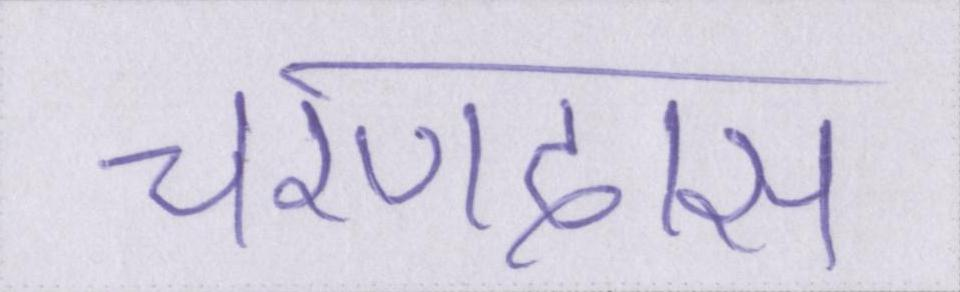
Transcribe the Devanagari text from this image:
चरणदास